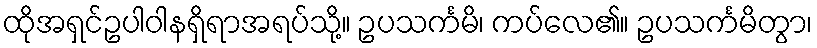
ထိုအရှင်ဥပါဝါနရှိရာအရပ်သို့။ ဥပသင်္ကမိ၊ ကပ်လေ၏။ ဥပသင်္ကမိတွာ၊